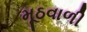
મૂઠવાળી